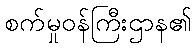
စက်မှုဝန်ကြီးဌာန၏